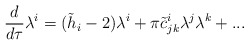
\begin{align*}{d\over{d\tau}}\lambda^i=(\tilde h_i-2)\lambda^i +\pi\tilde c^i_{jk}\lambda^j\lambda^k+...\end{align*}